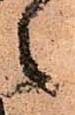
々